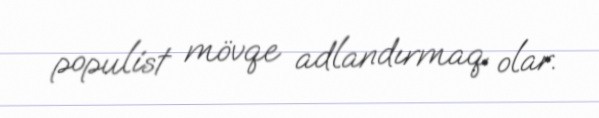
populist mövqe adlandırmaq olar.